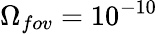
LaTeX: \Omega_{fov}=10^{-10}